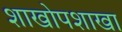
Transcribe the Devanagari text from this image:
शाखोपशाखा